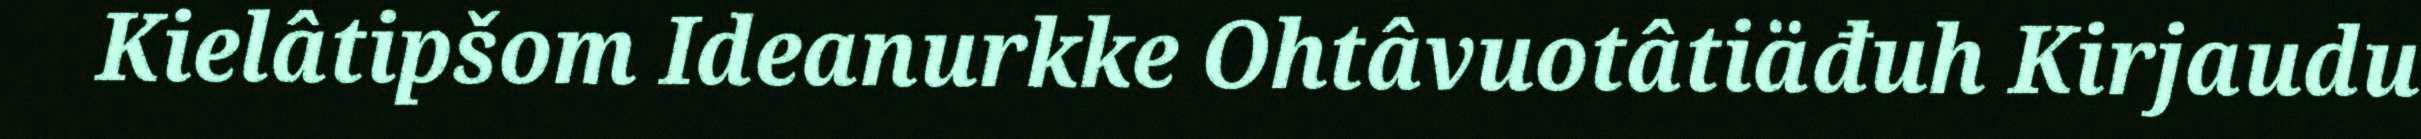
Kielâtipšom Ideanurkke Ohtâvuotâtiäđuh Kirjaudu